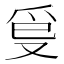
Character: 𤓿